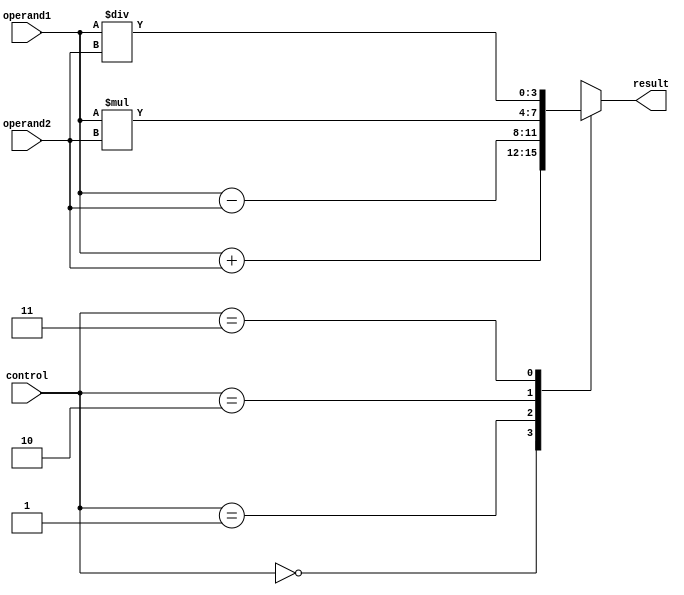
module alu_4bit (
    input [3:0] operand1,
    input [3:0] operand2,
    input [1:0] control,
    output reg [3:0] result
);

reg [3:0] add_result, sub_result, mul_result, div_result;

always @(*)
begin
    case(control)
        2'b00: add_result = operand1 + operand2; // Addition
        2'b01: sub_result = operand1 - operand2; // Subtraction
        2'b10: mul_result = operand1 * operand2; // Multiplication
        2'b11: div_result = operand1 / operand2; // Division
    endcase

    case(control)
        2'b00: result = add_result;
        2'b01: result = sub_result;
        2'b10: result = mul_result;
        2'b11: result = div_result;
    endcase
end

endmodule